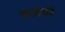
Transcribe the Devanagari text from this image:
कार्यघंटे